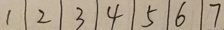
1 \vert 2 \vert 3 \vert 4 \vert 5 \vert 6 \vert 7